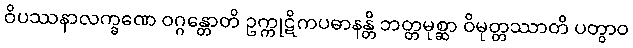
ဝိပဿနာလက္ခဏေ ဝဂ္ဂန္တောတိ ဥက္ကုဋိကပဓာနန္တိ ဘတ္တမုစ္ဆာ ဝိမုတ္တဿာတိ ပတွာဝ